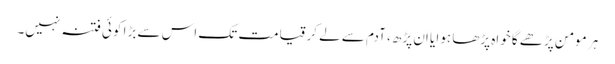
ہر مومن پڑھے گا خواہ پڑھا ہوا یا اَن پڑھ ، آدم سے لے کرقیامت تک اس سے بڑا کوئی فتنہ نہیں۔